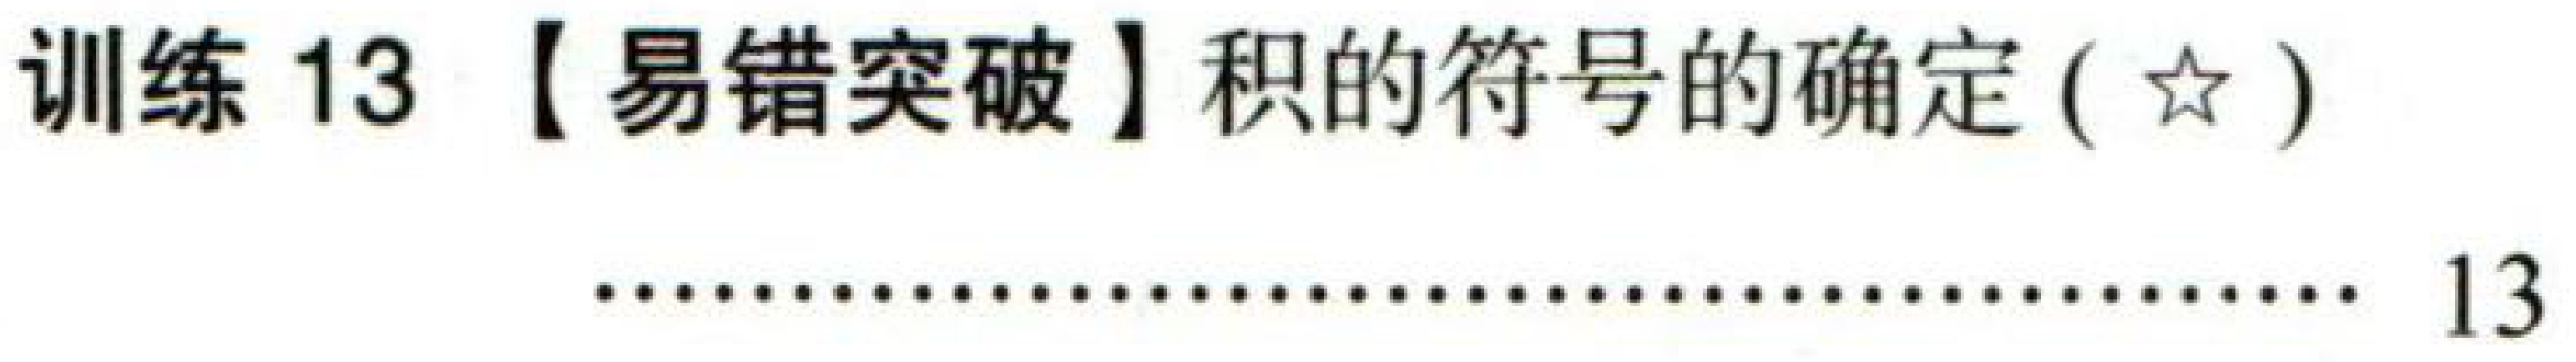
训练 13【易错突破】积的符号的确定(☆)
\(\cdots\cdots\cdots\cdots\cdots\cdots\cdots\cdots\cdots\cdots\cdots\cdots\cdots\cdots\cdots\cdots\cdots\cdots\cdots\cdots\cdots\cdots\cdots\cdots\cdots\cdots\cdots\cdots\cdots\cdots\cdots\cdots\cdots\cdots\cdots\cdots\cdots\cdots\cdots\cdots\cdots\cdots\cdots\cdots\cdots\cdots\cdots\cdots\cdots\cdots\cdots\cdots\cdots\cdots\cdots\cdots\cdots\cdots\cdots\cdots\cdots\cdots\cdots\cdots\cdots\cdots\cdots\cdots\cdots\cdots\cdots\cdots\cdots\cdots\cdots\cdots\cdots\cdots\cdots\cdots\cdots\cdots\cdots\cdots\cdots\cdots\cdots\cdots\cdots\cdots\cdots\cdots\cdots\cdots\cdots\cdots\cdots\cdots\cdots\cdots\cdots\cdots\cdots\cdots\cdots\cdots\cdots\cdots\cdots\cdots\cdots\cdots\cdots\cdots\cdots\cdots\cdots\cdots\cdots\cdots\cdots\cdots\cdots\cdots\cdots\cdots\cdots\cdots\cdots\cdots\cdots\cdots\cdots\cdots\cdots\cdots\cdots\cdots\cdots\cdots\cdots\cdots\cdots\cdots\cdots\cdots\cdots\cdots\cdots\cdots\cdots\cdots\cdots\cdots\cdots\cdots\cdots\cdots\cdots\cdots\cdots\cdots\cdots\cdots\cdots\cdots\cdots\cdots\cdots\cdots\cdots\cdots\cdots\cdots\cdots\cdots\cdots\cdots\cdots\cdots\cdots\cdots\cdots\cdots\cdots\cdots\cdots\cdots\cdots\cdots\cdots\cdots\cdots\cdots\cdots\cdots\cdots\cdots\cdots\cdots\cdots\cdots\cdots\cdots\cdots\cdots\cdots\cdots\cdots\cdots\cdots\cdots\cdots\cdots\cdots\cdots\cdots\cdots\cdots\cdots\cdots\cdots\cdots\cdots\cdots\cdots\cdots\cdots\cdots\cdots\cdots\cdots\cdots\cdots\cdots\cdots\cdots\cdots\cdots\cdots\cdots\cdots\cdots\cdots\cdots\cdots\cdots\cdots\cdots\cdots\cdots\cdots\cdots\cdots\cdots\cdots\cdots\cdots\cdots\cdots\cdots\cdots\cdots\cdots\cdots\cdots\cdots\cdots\cdots\cdots\cdots\cdots\cdots\cdots\cdots\cdots\cdots\cdots\cdots\cdots\cdots\cdots\cdots\cdots\cdots\cdots\cdots\cdots\cdots\cdots\cdots\cdots\cdots\cdots\cdots\cdots\cdots\cdots\cdots\cdots\cdots\cdots\cdots\cdots\cdots\cdots\cdots\cdots\cdots\cdots\cdots\cdots\cdots\cdots\cdots\cdots\cdots\cdots\cdots\cdots\cdots\cdots\cdots\cdots\cdots\cdots\cdots\cdots\cdots\cdots\cdots\cdots\cdots\cdots\cdots\cdots\cdots\cdots\cdots\cdots\cdots\cdots\cdots\cdots\cdots\cdots\cdots\cdots\cdots\cdots\cdots\cdots\cdots\cdots\cdots\cdots\cdots\cdots\cdots\cdots\cdots\cdots\cdots\cdots\cdots\cdots\cdots\cdots\cdots\cdots\cdots\cdots\cdots\cdots\cdots\cdots\cdots\cdots\cdots\cdots\cdots\cdots\cdots\cdots\cdots\cdots\cdots\cdots\cdots\cdots\cdots\cdots\cdots\cdots\cdots\cdots\cdots\cdots\cdots\cdots\cdots\cdots\cdots\cdots\cdots\cdots\cdots\cdots\cdots\cdots\cdots\cdots\cdots\cdots\cdots\cdots\cdots\cdots\cdots\cdots\cdots\cdots\cdots\cdots\cdots\cdots\cdots\cdots\cdots\cdots\cdots\cdots\cdots\cdots\cdots\cdots\cdots\cdots\cdots\cdots\cdots\cdots\cdots\cdots\cdots\cdots\cdots\cdots\cdots\cdots\cdots\cdots\cdots\cdots\cdots\cdots\cdots\cdots\cdots\cdots\cdots\cdots\cdots\cdots\cdots\cdots\cdots\cdots\cdots\cdots\cdots\cdots\cdots\cdots\cdots\cdots\cdots\cdots\cdots\cdots\cdots\cdots\cdots\cdots\cdots\cdots\cdots\cdots\cdots\cdots\cdots\cdots\cdots\cdots\cdots\cdots\cdots\cdots\cdots\cdots\cdots\cdots\cdots\cdots\cdots\cdots\cdots\cdots\cdots\cdots\cdots\cdots\cdots\cdots\cdots\cdots\cdots\cdots\cdots\cdots\cdots\cdots\cdots\cdots\cdots\cdots\cdots\cdots\cdots\cdots\cdots\cdots\cdots\cdots\cdots\cdots\cdots\cdots\cdots\cdots\cdots\cdots\cdots\cdots\cdots\cdots\cdots\cdots\cdots\cdots\cdots\cdots\cdots\cdots\cdots\cdots\cdots\cdots\cdots\cdots\cdots\cdots\cdots\cdots\cdots\cdots\cdots\cdots\cdots\cdots\cdots\cdots\cdots\cdots\cdots\cdots\cdots\cdots\cdots\cdots\cdots\cdots\cdots\cdots\cdots\cdots\cdots\cdots\cdots\cdots\cdots\cdots\cdots\cdots\cdots\cdots\cdots\cdots\cdots\cdots\cdots\cdots\cdots\cdots\cdots\cdots\cdots\cdots\cdots\cdots\cdots\cdots\cdots\cdots\cdots\cdots\cdots\cdots\cdots\cdots\cdots\cdots\cdots\cdots\cdots\cdots\cdots\cdots\cdots\cdots\cdots\cdots\cdots\cdots\cdots\cdots\cdots\cdots\cdots\cdots\cdots\cdots\cdots\cdots\cdots\cdots\cdots\cdots\cdots\cdots\cdots\cdots\cdots\cdots\cdots\cdots\cdots\cdots\cdots\cdots\cdots\cdots\cdots\cdots\cdots\cdots\cdots\cdots\cdots\cdots\cdots\cdots\cdots\cdots\cdots\cdots\cdots\cdots\cdots\cdots\cdots\cdots\cdots\cdots\cdots\cdots\cdots\cdots\cdots\cdots\cdots\cdots\cdots\cdots\cdots\cdots\cdots\cdots\cdots\cdots\cdots\cdots\cdots\cdots\cdots\cdots\cdots\cdots\cdots\cdots\cdots\cdots\cdots\cdots\cdots\cdots\cdots\cdots\cdots\cdots\cdots\cdots\cdots\cdots\cdots\cdots\cdots\cdots\cdots\cdots\cdots\cdots\cdots\cdots\cdots\cdots\cdots\cdots\cdots\cdots\cdots\cdots\cdots\cdots\cdots\cdots\cdots\cdots\cdots\cdots\cdots\cdots\cdots\cdots\cdots\cdots\cdots\cdots\cdots\cdots\cdots\cdots\cdots\cdots\cdots\cdots\cdots\cdots\cdots\cdots\cdots\cdots\cdots\cdots\cdots\cdots\cdots\cdots\cdots\cdots\cdots\cdots\cdots\cdots\cdots\cdots\cdots\cdots\cdots\cdots\cdots\cdots\cdots\cdots\cdots\cdots\cdots\cdots\cdots\cdots\cdots\cdots\cdots\cdots\cdots\cdots\cdots\cdots\cdots\cdots\cdots\cdots\cdots\cdots\cdots\cdots\cdots\cdots\cdots\cdots\cdots\cdots\cdots\cdots\cdots\cdots\cdots\cdots\cdots\cdots\cdots\cdots\cdots\cdots\cdots\cdots\cdots\cdots\cdots\cdots\cdots\cdots\cdots\cdots\cdots\cdots\cdots\cdots\cdots\cdots\cdots\cdots\cdots\cdots\cdots\cdots\cdots\cdots\cdots\cdots\cdots\cdots\cdots\cdots\cdots\cdots\cdots\cdots\cdots\cdots\cdots\cdots\cdots\cdots\cdots\cdots\cdots\cdots\cdots\cdots\cdots\cdots\cdots\cdots\cdots\cdots\cdots\cdots\cdots\cdots\cdots\cdots\cdots\cdots\cdots\cdots\cdots\cdots\cdots\cdots\cdots\cdots\cdots\cdots\cdots\cdots\cdots\cdots\cdots\cdots\cdots\cdots\cdots\cdots\cdots\cdots\cdots\cdots\cdots\cdots\cdots\cdots\cdots\cdots\cdots\cdots\cdots\cdots\cdots\cdots\cdots\cdots\cdots\cdots\cdots\cdots\cdots\cdots\cdots\cdots\cdots\cdots\cdots\cdots\cdots\cdots\cdots\cdots\cdots\cdots\cdots\cdots\cdots\cdots\cdots\cdots\cdots\cdots\cdots\cdots\cdots\cdots\cdots\cdots\cdots\cdots\cdots\cdots\cdots\cdots\cdots\cdots\cdots\cdots\cdots\cdots\cdots\cdots\cdots\cdots\cdots\cdots\cdots\cdots\cdots\cdots\cdots\cdots\cdots\cdots\cdots\cdots\cdots\cdots\cdots\cdots\cdots\cdots\cdots\cdots\cdots\cdots\cdots\cdots\cdots\cdots\cdots\cdots\cdots\cdots\cdots\cdots\cdots\cdots\cdots\cdots\cdots\cdots\cdots\cdots\cdots\cdots\cdots\cdots\cdots\cdots\cdots\cdots\cdots\cdots\cdots\cdots\cdots\cdots\cdots\cdots\cdots\cdots\cdots\cdots\cdots\cdots\cdots\cdots\cdots\cdots\cdots\cdots\cdots\cdots\cdots\cdots\cdots\cdots\cdots\cdots\cdots\cdots\cdots\cdots\cdots\cdots\cdots\cdots\cdots\cdots\cdots\cdots\cdots\cdots\cdots\cdots\cdots\cdots\cdots\cdots\cdots\cdots\cdots\cdots\cdots\cdots\cdots\cdots\cdots\cdots\cdots\cdots\cdots\cdots\cdots\cdots\cdots\cdots\cdots\cdots\cdots\cdots\cdots\cdots\cdots\cdots\cdots\cdots\cdots\cdots\cdots\cdots\cdots\cdots\cdots\cdots\cdots\cdots\cdots\cdots\cdots\cdots\cdots\cdots\cdots\cdots\cdots\cdots\cdots\cdots\cdots\cdots\cdots\cdots\cdots\cdots\cdots\cdots\cdots\cdots\cdots\cdots\cdots\cdots\cdots\cdots\cdots\cdots\cdots\cdots\cdots\cdots\cdots\cdots\cdots\cdots\cdots\cdots\cdots\cdots\cdots\cdots\cdots\cdots\cdots\cdots\cdots\cdots\cdots\cdots\cdots\cdots\cdots\cdots\cdots\cdots\cdots\cdots\cdots\cdots\cdots\cdots\cdots\cdots\cdots\cdots\cdots\cdots\cdots\cdots\cdots\cdots\cdots\cdots\cdots\cdots\cdots\cdots\cdots\cdots\cdots\cdots\cdots\cdots\cdots\cdots\cdots\cdots\cdots\cdots\cdots\cdots\cdots\cdots\cdots\cdots\cdots\cdots\cdots\cdots\cdots\cdots\cdots\cdots\cdots\cdots\cdots\cdots\cdots\cdots\cdots\cdots\cdots\cdots\cdots\cdots\cdots\cdots\cdots\cdots\cdots\cdots\cdots\cdots\cdots\cdots\cdots\cdots\cdots\cdots\cdots\cdots\cdots\cdots\cdots\cdots\cdots\cdots\cdots\cdots\cdots\cdots\cdots\cdots\cdots\cdots\cdots\cdots\cdots\cdots\cdots\cdots\cdots\cdots\cdots\cdots\cdots\cdots\cdots\cdots\cdots\cdots\cdots\cdots\cdots\cdots\cdots\cdots\cdots\cdots\cdots\cdots\cdots\cdots\cdots\cdots\cdots\cdots\cdots\cdots\cdots\cdots\cdots\cdots\cdots\cdots\cdots\cdots\cdots\cdots\cdots\cdots\cdots\cdots\cdots\cdots\cdots\cdots\cdots\cdots\cdots\cdots\cdots\cdots\cdots\cdots\cdots\cdots\cdots\cdots\cdots\cdots\cdots\cdots\cdots\cdots\cdots\cdots\cdots\cdots\cdots\cdots\cdots\cdots\cdots\cdots\cdots\cdots\cdots\cdots\cdots\cdots\cdots\cdots\cdots\cdots\cdots\cdots\cdots\cdots\cdots\cdots\cdots\cdots\cdots\cdots\cdots\cdots\cdots\cdots\cdots\cdots\cdots\cdots\cdots\cdots\cdots\cdots\cdots\cdots\cdots\cdots\cdots\cdots\cdots\cdots\cdots\cdots\cdots\cdots\cdots\cdots\cdots\cdots\cdots\cdots\cdots\cdots\cdots\cdots\cdots\cdots\cdots\cdots\cdots\cdots\cdots\cdots\cdots\cdots\cdots\cdots\cdots\cdots\cdots\cdots\cdots\cdots\cdots\cdots\cdots\cdots\cdots\cdots\cdots\cdots\cdots\cdots\cdots\cdots\cdots\cdots\cdots\cdots\cdots\cdots\cdots\cdots\cdots\cdots\cdots\cdots\cdots\cdots\cdots\cdots\cdots\cdots\cdots\cdots\cdots\cdots\cdots\cdots\cdots\cdots\cdots\cdots\cdots\cdots\cdots\cdots\cdots\cdots\cdots\cdots\cdots\cdots\cdots\cdots\cdots\cdots\cdots\cdots\cdots\cdots\cdots\cdots\cdots\cdots\cdots\cdots\cdots\cdots\cdots\cdots\cdots\cdots\cdots\cdots\cdots\cdots\cdots\cdots\cdots\cdots\cdots\cdots\cdots\cdots\cdots\cdots\cdots\cdots\cdots\cdots\cdots\cdots\cdots\cdots\cdots\cdots\cdots\cdots\cdots\cdots\cdots\cdots\cdots\cdots\cdots\cdots\cdots\cdots\cdots\cdots\cdots\cdots\cdots\cdots\cdots\cdots\cdots\cdots\cdots\cdots\cdots\cdots\cdots\cdots\cdots\cdots\cdots\cdots\cdots\cdots\cdots\cdots\cdots\cdots\cdots\cdots\cdots\cdots\cdots\cdots\cdots\cdots\cdots\cdots\cdots\cdots\cdots\cdots\cdots\cdots\cdots\cdots\cdots\cdots\cdots\cdots\cdots\cdots\cdots\cdots\cdots\cdots\cdots\cdots\cdots\cdots\cdots\cdots\cdots\cdots\cdots\cdots\cdots\cdots\cdots\cdots\cdots\cdots\cdots\cdots\cdots\cdots\cdots\cdots\cdots\cdots\cdots\cdots\cdots\cdots\cdots\cdots\cdots\cdots\cdots\cdots\cdots\cdots\cdots\cdots\cdots\cdots\cdots\cdots\cdots\cdots\cdots\cdots\cdots\cdots\cdots\cdots\cdots\cdots\cdots\cdots\cdots\cdots\cdots\cdots\cdots\cdots\cdots\cdots\cdots\cdots\cdots\cdots\cdots\cdots\cdots\cdots\cdots\cdots\cdots\cdots\cdots\cdots\cdots\cdots\cdots\cdots\cdots\cdots\cdots\cdots\cdots\cdots\cdots\cdots\cdots\cdots\cdots\cdots\cdots\cdots\cdots\cdots\cdots\cdots\cdots\cdots\cdots\cdots\cdots\cdots\cdots\cdots\cdots\cdots\cdots\cdots\cdots\cdots\cdots\cdots\cdots\cdots\cdots\cdots\cdots\cdots\cdots\cdots\cdots\cdots\cdots\cdots\cdots\cdots\cdots\cdots\cdots\cdots\cdots\cdots\cdots\cdots\cdots\cdots\cdots\cdots\cdots\cdots\cdots\cdots\cdots\cdots\cdots\cdots\cdots\cdots\cdots\cdots\cdots\cdots\cdots\cdots\cdots\cdots\cdots\cdots\cdots\cdots\cdots\cdots\cdots\cdots\cdots\cdots\cdots\cdots\cdots\cdots\cdots\cdots\cdots\cdots\cdots\cdots\cdots\cdots\cdots\cdots\cdots\cdots\cdots\cdots\cdots\cdots\cdots\cdots\cdots\cdots\cdots\cdots\cdots\cdots\cdots\cdots\cdots\cdots\cdots\cdots\cdots\cdots\cdots\cdots\cdots\cdots\cdots\cdots\cdots\cdots\cdots\cdots\cdots\cdots\cdots\cdots\cdots\cdots\cdots\cdots\cdots\cdots\cdots\cdots\cdots\cdots\cdots\cdots\cdots\cdots\cdots\cdots\cdots\cdots\cdots\cdots\cdots\cdots\cdots\cdots\cdots\cdots\cdots\cdots\cdots\cdots\cdots\cdots\cdots\cdots\cdots\cdots\cdots\cdots\cdots\cdots\cdots\cdots\cdots\cdots\cdots\cdots\cdots\cdots\cdots\cdots\cdots\cdots\cdots\cdots\cdots\cdots\cdots\cdots\cdots\cdots\cdots\cdots\cdots\cdots\cdots\cdots\cdots\cdots\cdots\cdots\cdots\cdots\cdots\cdots\cdots\cdots\cdots\cdots\cdots\cdots\cdots\cdots\cdots\cdots\cdots\cdots\cdots\cdots\cdots\cdots\cdots\cdots\cdots\cdots\cdots\cdots\cdots\cdots\cdots\cdots\cdots\cdots\cdots\cdots\cdots\cdots\cdots\cdots\cdots\cdots\cdots\cdots\cdots\cdots\cdots\cdots\cdots\cdots\cdots\cdots\cdots\cdots\cdots\cdots\cdots\cdots\cdots\cdots\cdots\cdots\cdots\cdots\cdots\cdots\cdots\cdots\cdots\cdots\cdots\cdots\cdots\cdots\cdots\cdots\cdots\cdots\cdots\cdots\cdots\cdots\cdots\cdots\cdots\cdots\cdots\cdots\cdots\cdots\cdots\cdots\cdots\cdots\cdots\cdots\cdots\cdots\cdots\cdots\cdots\cdots\cdots\cdots\cdots\cdots\cdots\cdots\cdots\cdots\cdots\cdots\cdots\cdots\cdots\cdots\cdots\cdots\cdots\cdots\cdots\cdots\cdots\cdots\cdots\cdots\cdots\cdots\cdots\cdots\cdots\cdots\cdots\cdots\cdots\cdots\cdots\cdots\cdots\cdots\cdots\cdots\cdots\cdots\cdots\cdots\cdots\cdots\cdots\cdots\cdots\cdots\cdots\cdots\cdots\cdots\cdots\cdots\cdots\cdots\cdots\cdots\cdots\cdots\cdots\cdots\cdots\cdots\cdots\cdots\cdots\cdots\cdots\cdots\cdots\cdots\cdots\cdots\cdots